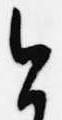
今